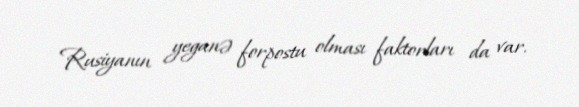
Rusiyanın yeganə forpostu olması faktorları da var.